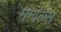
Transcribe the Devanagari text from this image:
मग्गल्स